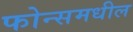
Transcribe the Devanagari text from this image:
फोन्समधील